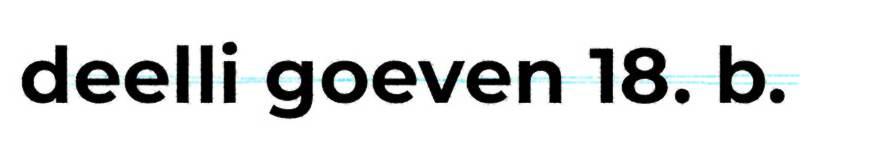
deelli goeven 18. b.